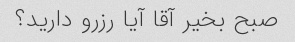
صبح بخیر آقا آیا رزرو دارید؟